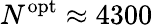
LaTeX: N^{\mathrm{opt}}\approx 4300